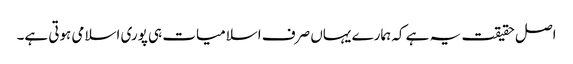
اصل حقیقت یہ ہے کہ ہمارے یہاں صرف اسلامیات ہی پوری اسلامی ہوتی ہے۔